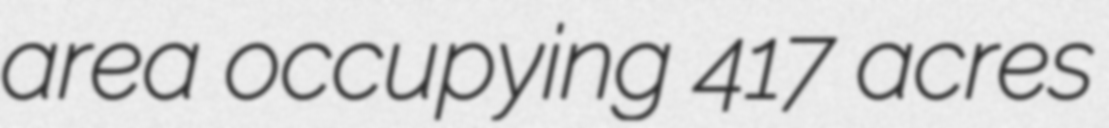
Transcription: area occupying 417 acres